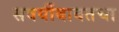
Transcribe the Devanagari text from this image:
सवयींबाबतचा